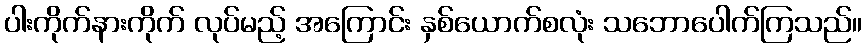
ပါးကိုက်နားကိုက် လုပ်မည့် အကြောင်း နှစ်ယောက်စလုံး သဘောပေါက်ကြသည်။